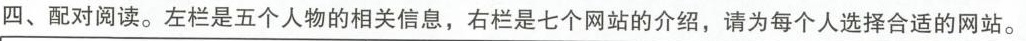
四、配对阅读。左栏是五个人物的相关信息，右栏是七个网站的介绍，请为每个人选择合适的网站。